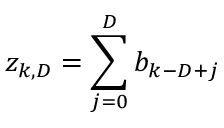
z _ { k , D } = \sum _ { j = 0 } ^ { D } b _ { k - D + j }